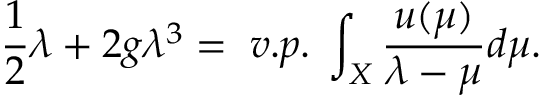
\frac 1 2 \lambda + 2 g \lambda ^ { 3 } = \; v . p . \; \int _ { X } \frac { u ( \mu ) } { \lambda - \mu } d \mu .